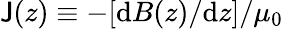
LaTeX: \mathsf{J}(z)\equiv-[\mathrm{{d}}B(z)/\mathrm{{d}}z]/\mu_{0}